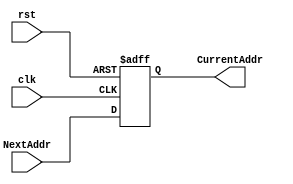
module PC (
	input clk,
    input rst,
	input [31:0] NextAddr,
	output reg [31:0] CurrentAddr
);

always @(posedge clk or posedge rst) begin
    if (rst) CurrentAddr <= 32'd0-32'd1;
	else CurrentAddr <= NextAddr;
end

endmodule